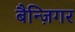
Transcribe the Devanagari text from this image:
बैन्ज़िगर